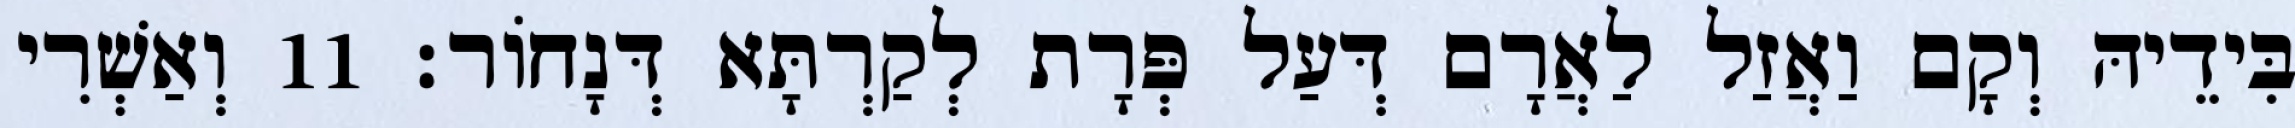
בִּידֵיהּ וְקָם וַאֲזַל לַאֲרָם דְּעַל פְּרָת לְקַרְתָּא דְּנָחוֹר׃ 11 וְאַשְׁרִי